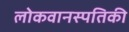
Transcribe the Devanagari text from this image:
लोकवानस्पतिकी